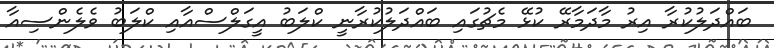
ބައްދަލުކުރާ އިރު މާދަމާރޭ ކުޅޭ މެޗުގައި ބައްދަލުކުރާނީ ކްލަބު އީގަލްސްއާއި ކްލަބު ވެލެންސިއާ